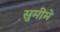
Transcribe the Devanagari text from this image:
सुमीमे